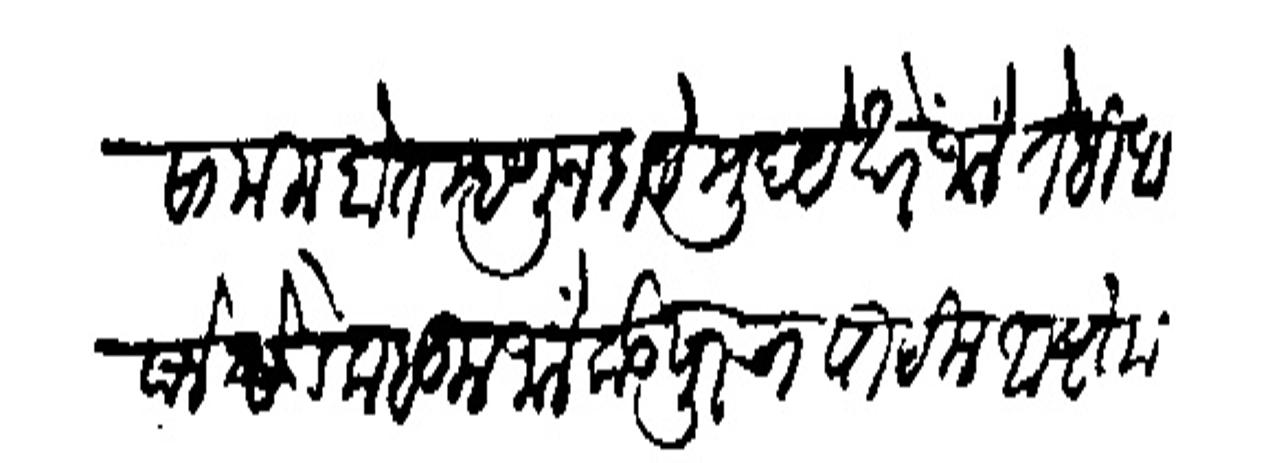
Transliteration (Devanagari): सामील होत म्हणून दाये मुदये खरें जालें तेही आपले तोंडे कबूल जालें कडपूरचा पाटील